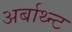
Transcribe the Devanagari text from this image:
अर्बाथ्न्ट